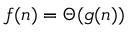
f ( n ) = \Theta ( g ( n ) )